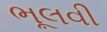
ભૂલવી